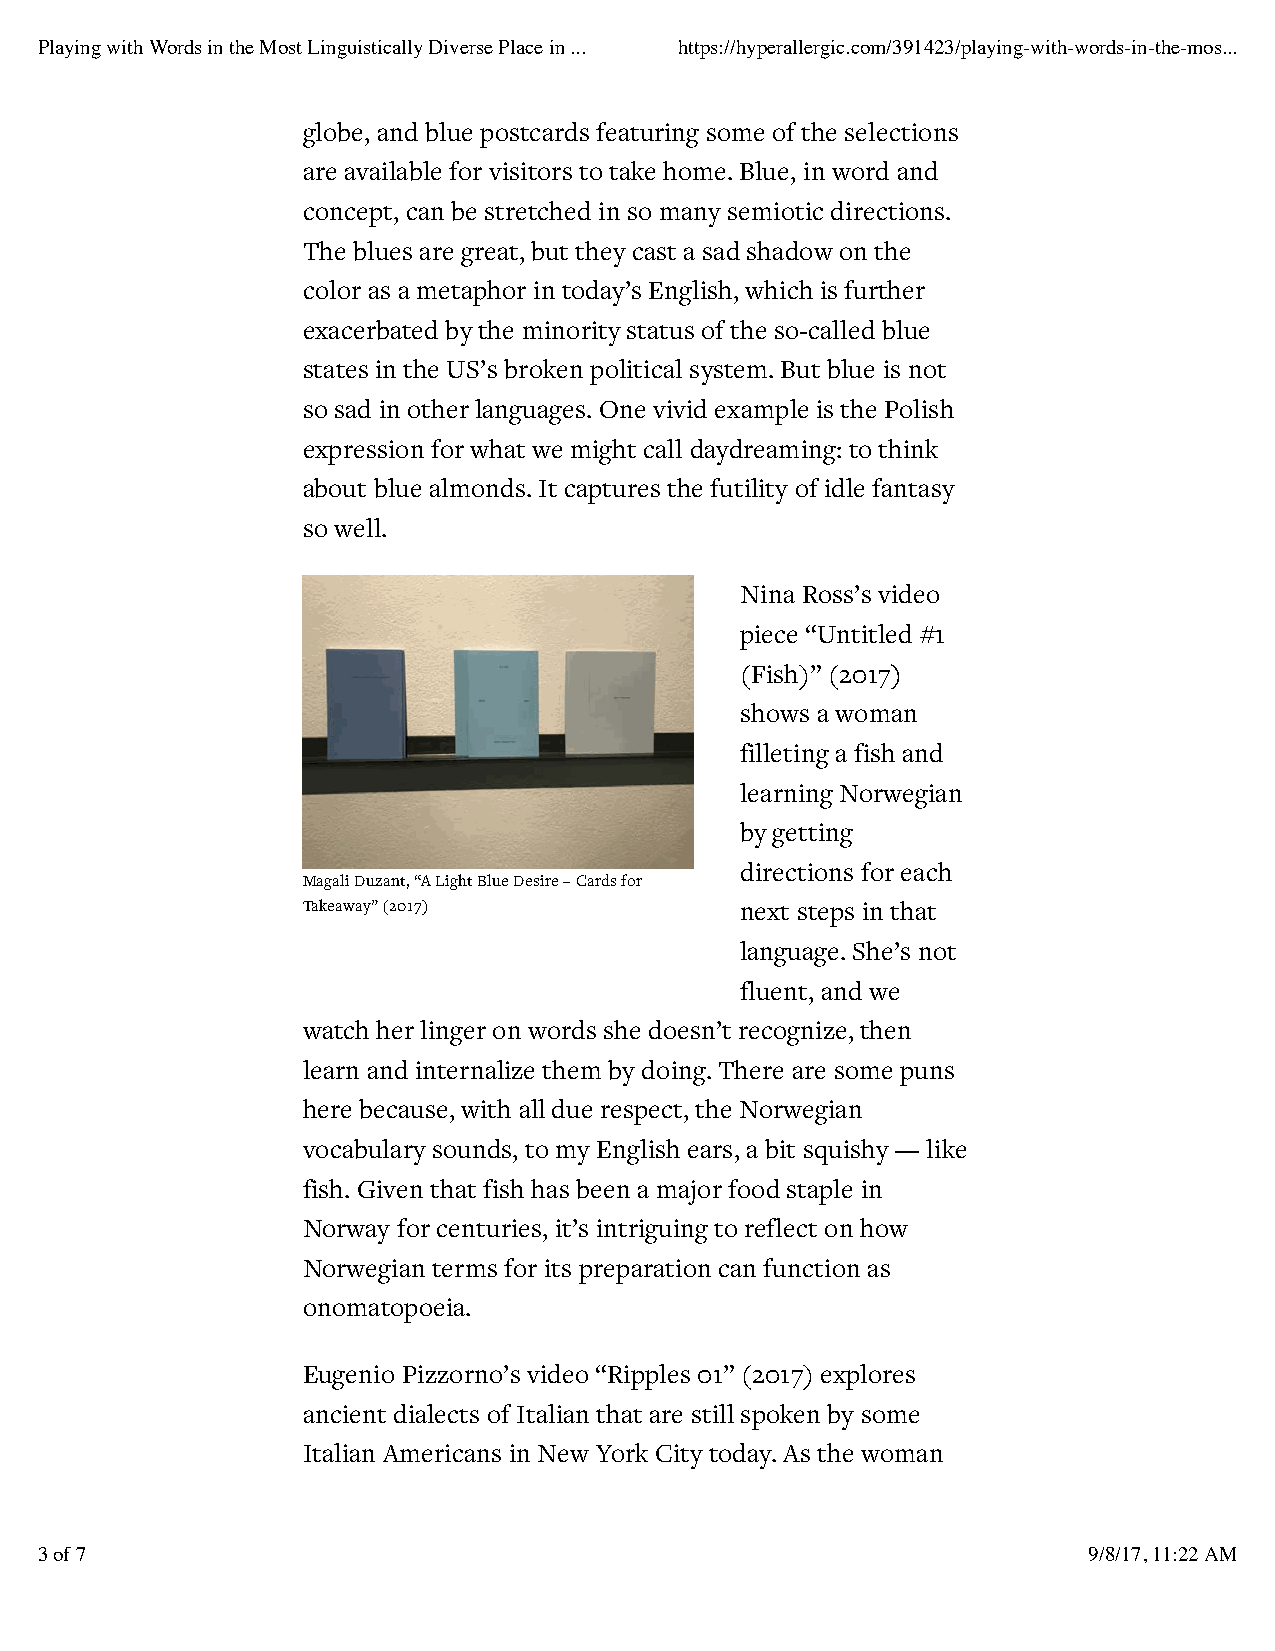
Playing with Words in the Most Linguistically Diverse Place in ... https://hyperallergic.com/391423/playing-with-words-in-the-mos...
 globe, and blue postcards featuring some of the selections
 are available for visitors to take home. Blue, in word and
 concept, can be stretched in so many semiotic directions.
 The blues are great, but they cast a sad shadow on the
 color as a metaphor in today’s English, which is further
 exacerbated by the minority status of the so-called blue
 states in the US’s broken political system. But blue is not
 so sad in other languages. One vivid example is the Polish
 expression for what we might call daydreaming: to think
 about blue almonds. It captures the futility of idle fantasy
 so well.
 Nina Ross’s video
 piece “Untitled #1
 (Fish)” (2017)
 shows a woman
 filleting a fish and
 learning Norwegian
 by getting
 directions for each
 Magali Duzant, “A Light Blue Desire – Cards for
 Takeaway” (2017)             next steps in that
 language. She’s not
 fluent, and we
 watch her linger on words she doesn’t recognize, then
 learn and internalize them by doing. There are some puns
 here because, with all due respect, the Norwegian
 vocabulary sounds, to my English ears, a bit squishy — like
 fish. Given that fish has been a major food staple in
 Norway for centuries, it’s intriguing to reflect on how
 Norwegian terms for its preparation can function as
 onomatopoeia.
 Eugenio Pizzorno’s video “Ripples 01” (2017) explores
 ancient dialects of Italian that are still spoken by some
 Italian Americans in New York City today. As the woman
 3 of 7                                                                9/8/17, 11:22 AM